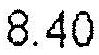
8.40